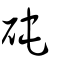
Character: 砘